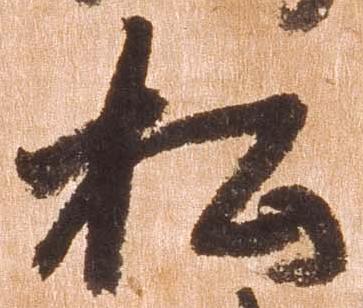
松